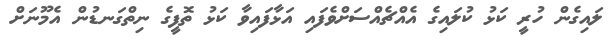
ލައިގެން ހުރީ ކަޅު ކުލައިގެ އެއްޗެއްސަށްވެފައި އަޅާފައިވާ ކަޅު ތޮފީގެ ނިތްގަނޑުން އެމޫނަށް